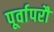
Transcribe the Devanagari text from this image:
पूर्वापरौ